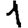
Digit: 1